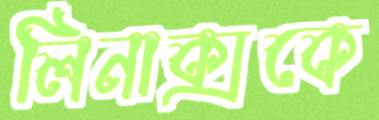
লিনাক্সকে